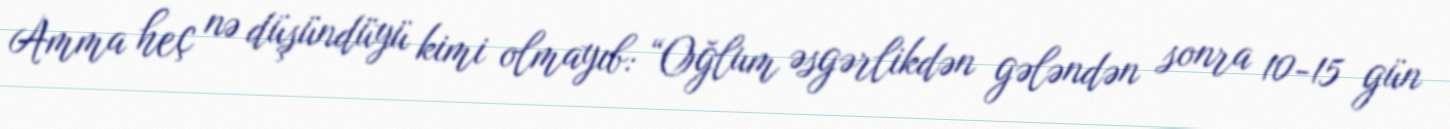
Amma heç nə düşündüyü kimi olmayıb: “Oğlum əsgərlikdən gələndən sonra 10-15 gün